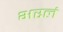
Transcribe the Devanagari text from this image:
भरलं